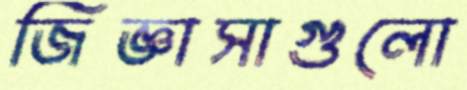
জিজ্ঞাসাগুলো